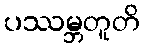
ပဿမ္ဘတူတိ